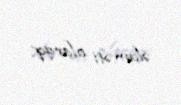
əlaməti olaraq.